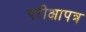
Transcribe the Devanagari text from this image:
परीक्षापत्र